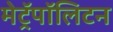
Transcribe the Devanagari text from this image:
मेट्रॅपॉलिटन